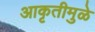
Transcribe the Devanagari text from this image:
आकृतीमुळे